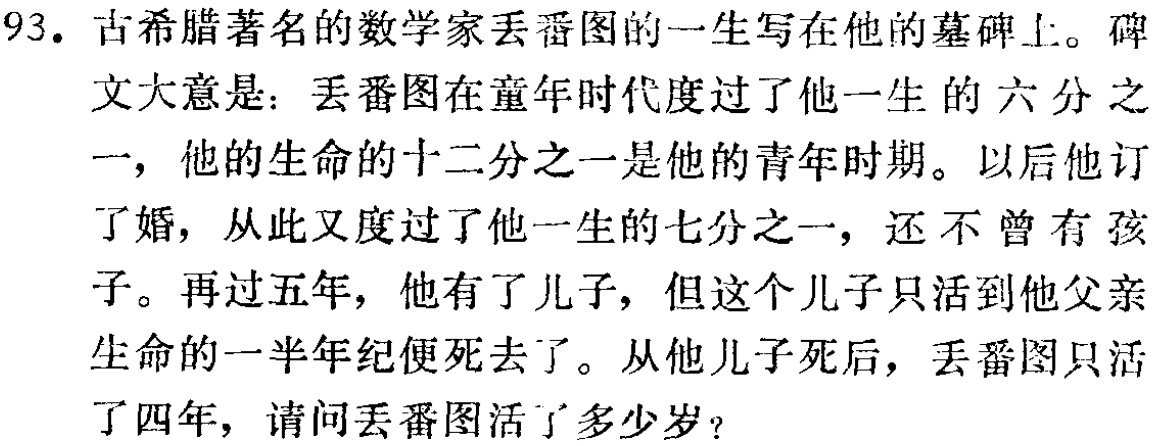
93. 古希腊著名的数学家丢番图的一生写在他的墓碑上。碑文大意是：丢番图在童年时代度过了他一生的六分之一，他的生命的十二分之一是他的青年时期。以后他订了婚，从此又度过了他一生的七分之一，还不曾有孩子。再过五年，他有了儿子，但这个儿子只活到他父亲生命的一半年纪便死去了。从他儿子死后，丢番图只活了四年，请问丢番图活了多少岁？